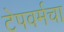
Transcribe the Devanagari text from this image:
टेपवर्मचा